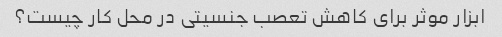
ابزار موثر برای کاهش تعصب جنسیتی در محل کار چیست؟